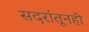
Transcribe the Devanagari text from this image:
सदरांतूनही